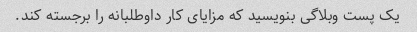
یک پست وبلاگی بنویسید که مزایای کار داوطلبانه را برجسته کند.